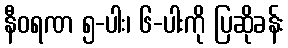
နီဝရဏ ၅-ပါး၊ ၆-ပါးကို ပြဆိုခန်း